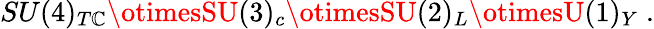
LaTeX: SU(4)_{T\mathbb{C}}\otimesSU(3)_{c}\otimesSU(2)_{L}\otimesU(1)_{Y}\; .